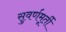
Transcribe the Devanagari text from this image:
सुवर्णमूर्ती